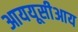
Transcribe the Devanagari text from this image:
आययूसीआय